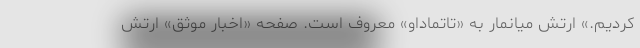
کردیم.» ارتش میانمار به «تاتماداو» معروف است. صفحه «اخبار موثق» ارتش